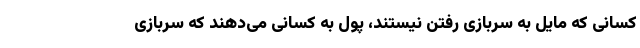
کسانی که مایل به سربازی رفتن نیستند، پول به کسانی می‌دهند که سربازی